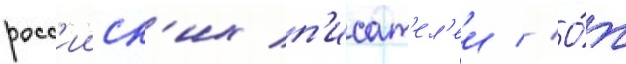
росс'ииск'их п'исат'ел'еи // О́т